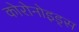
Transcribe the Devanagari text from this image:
कोरोनोइड्स